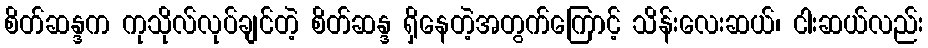
စိတ်ဆန္ဒက ကုသိုလ်လုပ်ချင်တဲ့ စိတ်ဆန္ဒ ရှိနေတဲ့အတွက်ကြောင့် သိန်းလေးဆယ်၊ ငါးဆယ်လည်း